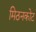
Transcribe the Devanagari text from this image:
मिठनकोट